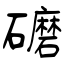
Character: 礳